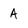
Character: A